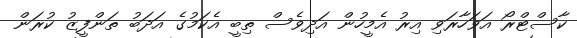
ކާސްޓްރޯ އަވަހާރަވި އިރު އެމީހުން އަދިވެސް ތިބީ އެކަމުގެ އަދަބު ތަންފީޒު ކުރަން